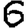
Digit: 6